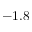
- 1 . 8